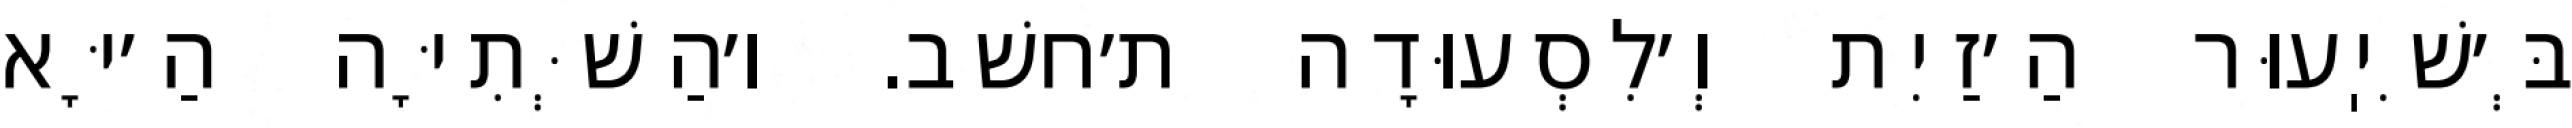
בְּ׳שִׁיֽעוּר הַ׳זַיִת וְ׳לִסְעוּדָה ת׳חשׁב. ו׳הַשְּׁתִיָּה הַ׳יָּא